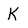
Character: K